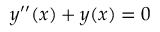
y ^ { \prime \prime } ( x ) + y ( x ) = 0